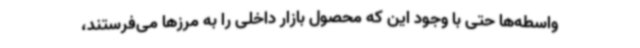
واسطه‌ها حتی با وجود این که محصول بازار داخلی را به مرزها می‌فرستند،